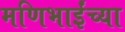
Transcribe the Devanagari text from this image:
मणिभाईंच्या